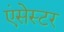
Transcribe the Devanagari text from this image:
एंसेस्टर